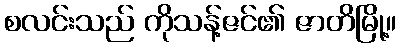
စလင်းသည် ကိုသန့်ဇင်၏ ဇာတိမြို့။